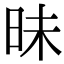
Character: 昧